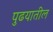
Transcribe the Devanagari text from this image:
पुढयातील